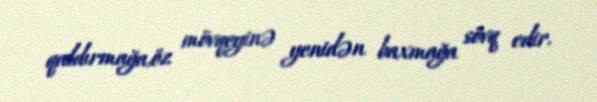
qaldırmağa,öz mövqeyinə yenidən baxmağa sövq edir.